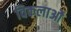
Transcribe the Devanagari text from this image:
विकलाओं